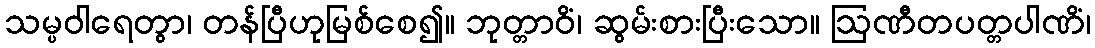
သမ္ပဝါရေတွာ၊ တန်ပြီဟုမြစ်စေ၍။ ဘုတ္တာဝိံ၊ ဆွမ်းစားပြီးသော။ ဩဏီတပတ္တပါဏိံ၊